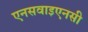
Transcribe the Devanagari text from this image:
एनसवाइएनसी